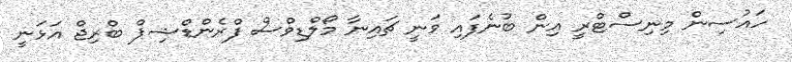
ހައުސިން މިނިސްޓްރީ އިން ބުނެފައި ވަނީ ޗައިނާ މޯލްޑިވްސް ފްރެންޑްޝިޕް ބްރިޖް އަޅަނީ